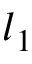
l _ { 1 }